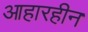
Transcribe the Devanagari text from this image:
आहारहीन